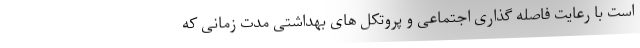
است با رعایت فاصله گذاری اجتماعی و پروتکل های بهداشتی مدت زمانی که